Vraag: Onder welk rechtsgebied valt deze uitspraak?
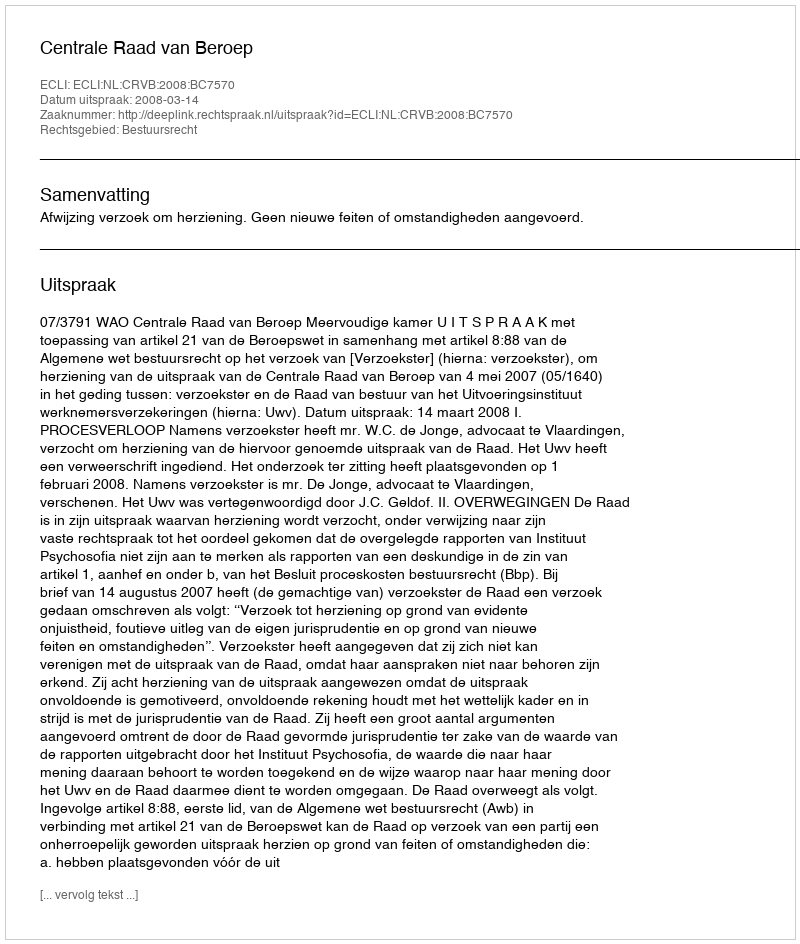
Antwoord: Bestuursrecht